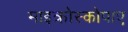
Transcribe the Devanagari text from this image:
माइक्रोस्कोपाए